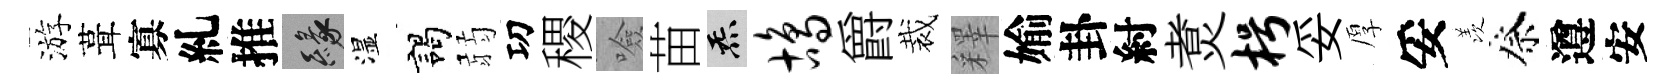
游葺寡糺推緣湿謁弱㓛稷噞苗炁鸪爵裁釋媮卦紂煑枵妥厚妥羡祭遵安